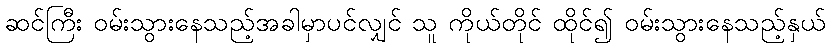
ဆင်ကြီး ဝမ်းသွားနေသည့်အခါမှာပင်လျှင် သူ ကိုယ်တိုင် ထိုင်၍ ဝမ်းသွားနေသည့်နှယ်